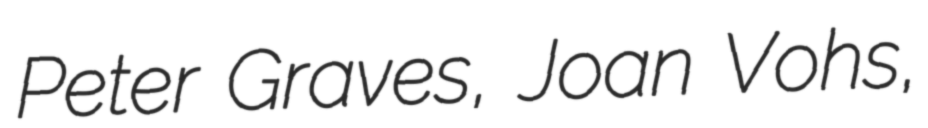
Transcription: Peter Graves, Joan Vohs,